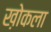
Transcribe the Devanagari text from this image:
ख़ोकला